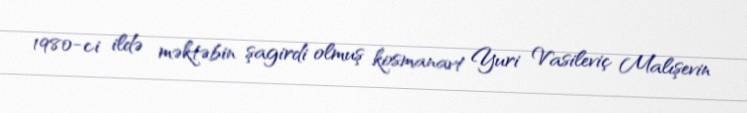
1980-ci ildə məktəbin şagirdi olmuş kosmanavt Yuri Vasileviç Malışevin